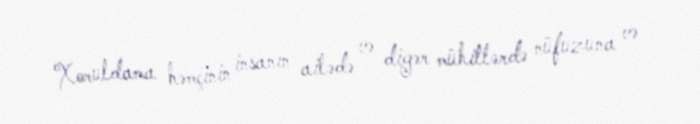
Xoruldama həmçinin insanın ailədə və digər mühitlərdə nüfuzuna və